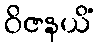
ဝိဇနယိံ